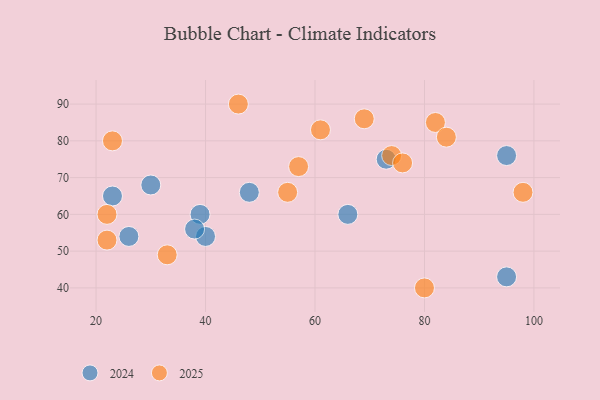
{"axis": {"x": "GDP", "y": "Life Expectancy"}, "legend": ["2024", "2025"], "data": [{"x": "57", "y": 73, "type": "2025"}, {"x": "74", "y": 76, "type": "2025"}, {"x": "46", "y": 90, "type": "2025"}, {"x": "33", "y": 49, "type": "2025"}, {"x": "82", "y": 85, "type": "2025"}, {"x": "22", "y": 53, "type": "2025"}, {"x": "84", "y": 81, "type": "2025"}, {"x": "55", "y": 66, "type": "2025"}, {"x": "76", "y": 74, "type": "2025"}, {"x": "69", "y": 86, "type": "2025"}, {"x": "22", "y": 60, "type": "2025"}, {"x": "23", "y": 80, "type": "2025"}, {"x": "98", "y": 66, "type": "2025"}, {"x": "61", "y": 83, "type": "2025"}, {"x": "80", "y": 40, "type": "2025"}, {"x": "95", "y": 43, "type": "2024"}, {"x": "30", "y": 68, "type": "2024"}, {"x": "48", "y": 66, "type": "2024"}, {"x": "40", "y": 54, "type": "2024"}, {"x": "39", "y": 60, "type": "2024"}, {"x": "23", "y": 65, "type": "2024"}, {"x": "73", "y": 75, "type": "2024"}, {"x": "26", "y": 54, "type": "2024"}, {"x": "95", "y": 76, "type": "2024"}, {"x": "38", "y": 56, "type": "2024"}, {"x": "66", "y": 60, "type": "2024"}]}